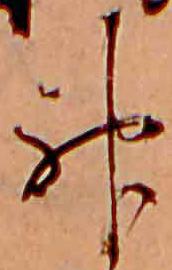
神